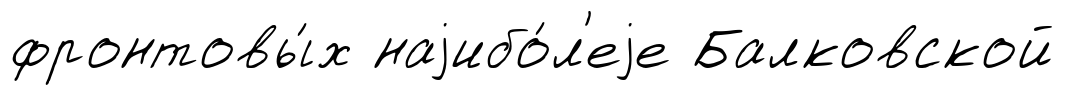
фронтовы́х наjибо́л'еjе Балковской